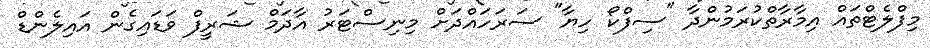
މިފްލެޓްތައް އިމާރާތްކުރަމުންދާ "ސިފްކޯ ހިޔާ" ސަރަހައްދަށް މިނިސްޓަރު އާދަމް ޝަރީފް ވަޑައިގެން އައިލެންޑް